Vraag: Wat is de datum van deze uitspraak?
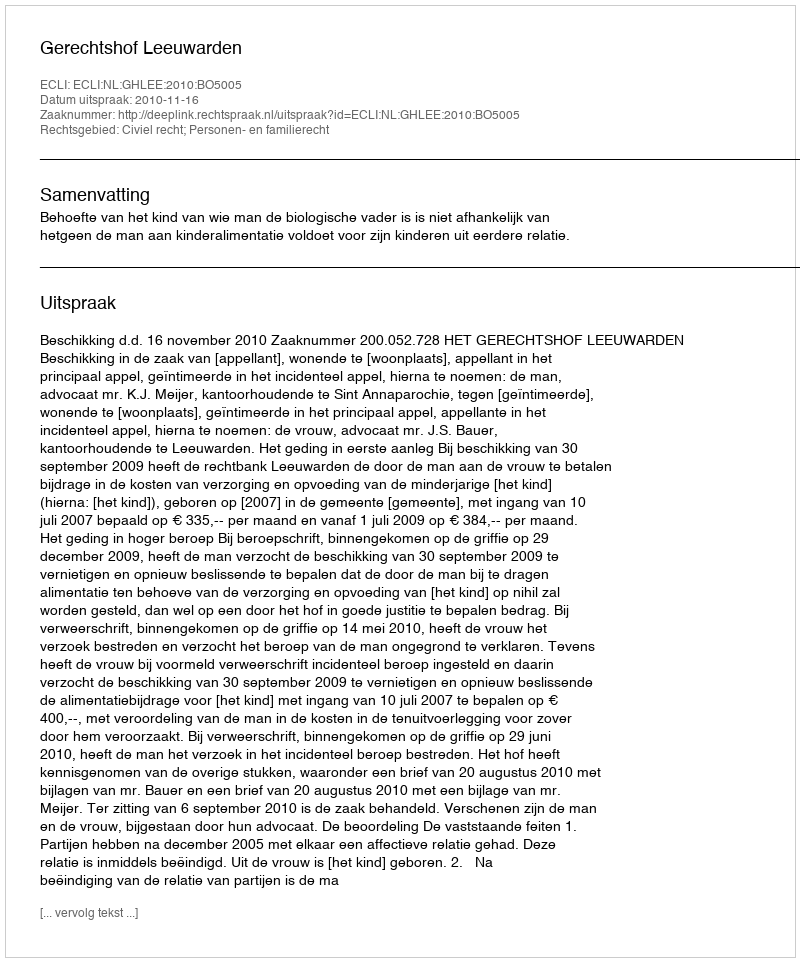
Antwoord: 2010-11-16